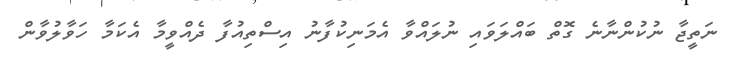
ނަތީޖާ ނުކުންނާނެ ގޮތް ބައްލަވައި ނުލައްވާ އެމަނިކުފާނު އިސްތިއުފާ ދެއްވީމާ އެކަމާ ހަވާލުވާން